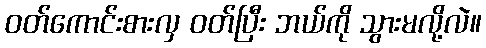
ဝတ်ကောင်းစားလှ ဝတ်ပြီး ဘယ်ကို သွားမလို့လဲ။